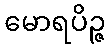
မောရပိဉ္ဇ